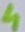
Text: 4